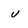
Character: u